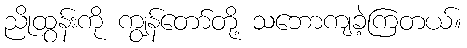
ညိုထွန်းကို ကျွန်တော်တို့ သဘောကျခဲ့ကြတယ်။